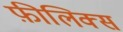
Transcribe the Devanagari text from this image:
फ़ीलिक्स